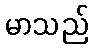
မာသည်